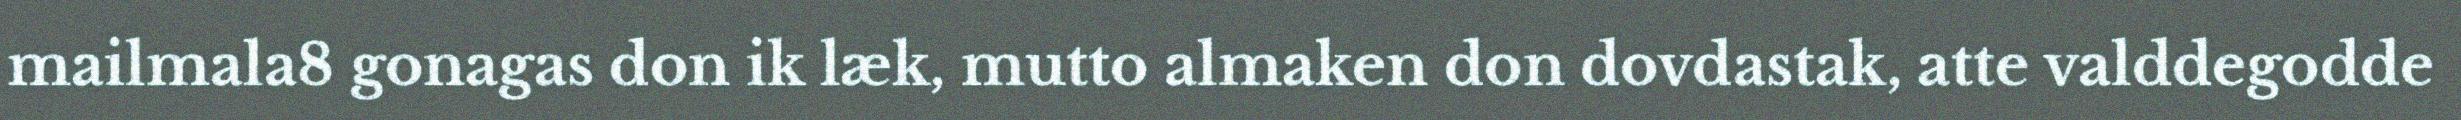
mailmala8 gonagas don ik læk, mutto almaken don dovdastak, atte valddegodde